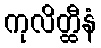
ကုလိတ္ထီနံ